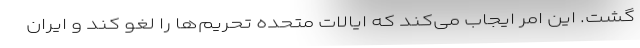
گشت. این امر ایجاب می‌کند که ایالات متحده تحریم‌ها را لغو کند و ایران